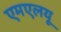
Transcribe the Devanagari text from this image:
एमएलयू